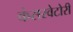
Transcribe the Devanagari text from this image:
कंसरवेटोरी